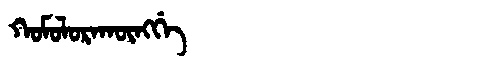
Manchu: ᡴᠣᠮᠣᠯᠣᡵᠠᡴᡡᠩᡤᡝ
Romanization: KOMOLORAKŪNGGE